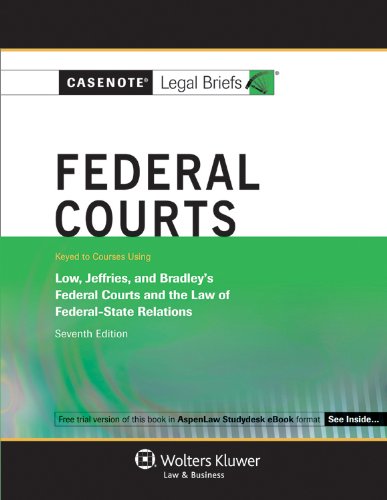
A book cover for Casenotes Legal Briefs: Federal Courts Keyed to Low, Jeffries & Bradley, 7th Edition (Casenote Legal Briefs); Casenotes Legal Briefs; Law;